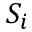
S _ { i }